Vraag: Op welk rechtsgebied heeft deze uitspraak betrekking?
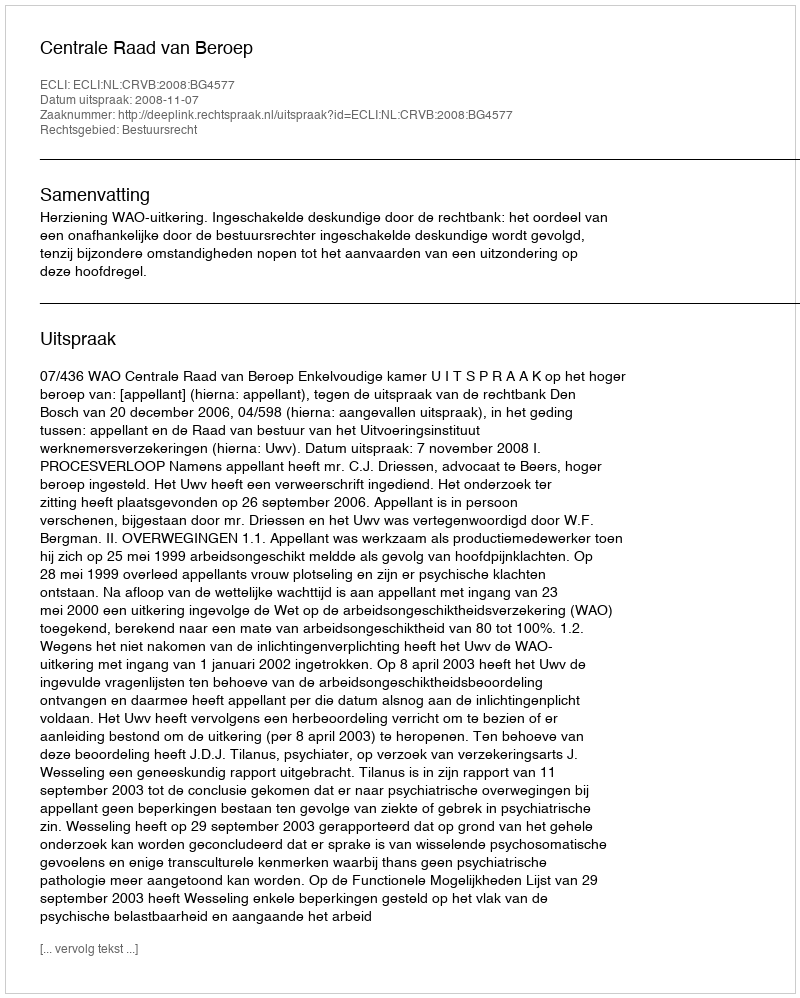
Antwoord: Bestuursrecht